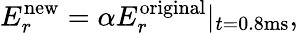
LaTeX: E_{r}^{\mathrm{new}}=\alpha E_{r}^{\mathrm{original}}|_{t=0.8\mathrm{ms}},